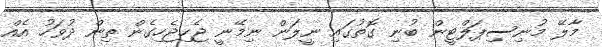
މާލޭ މުނިސިޕަލްޓީން ބުނި ގޮތުގައި ނީލަން ނިމޭނީ ޖެހިޖެހިގެން ތިން ދުވަހު އެއް